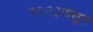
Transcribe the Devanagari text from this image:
१६२३पासून